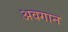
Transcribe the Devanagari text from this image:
अवगान